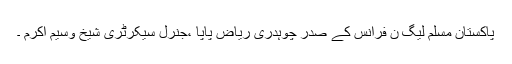
پاکستان مسلم لیگ ن فرانس کے صدر چوہدری ریاض پاپا ،جنرل سیکرٹری شیخ وسیم اکرم ۔